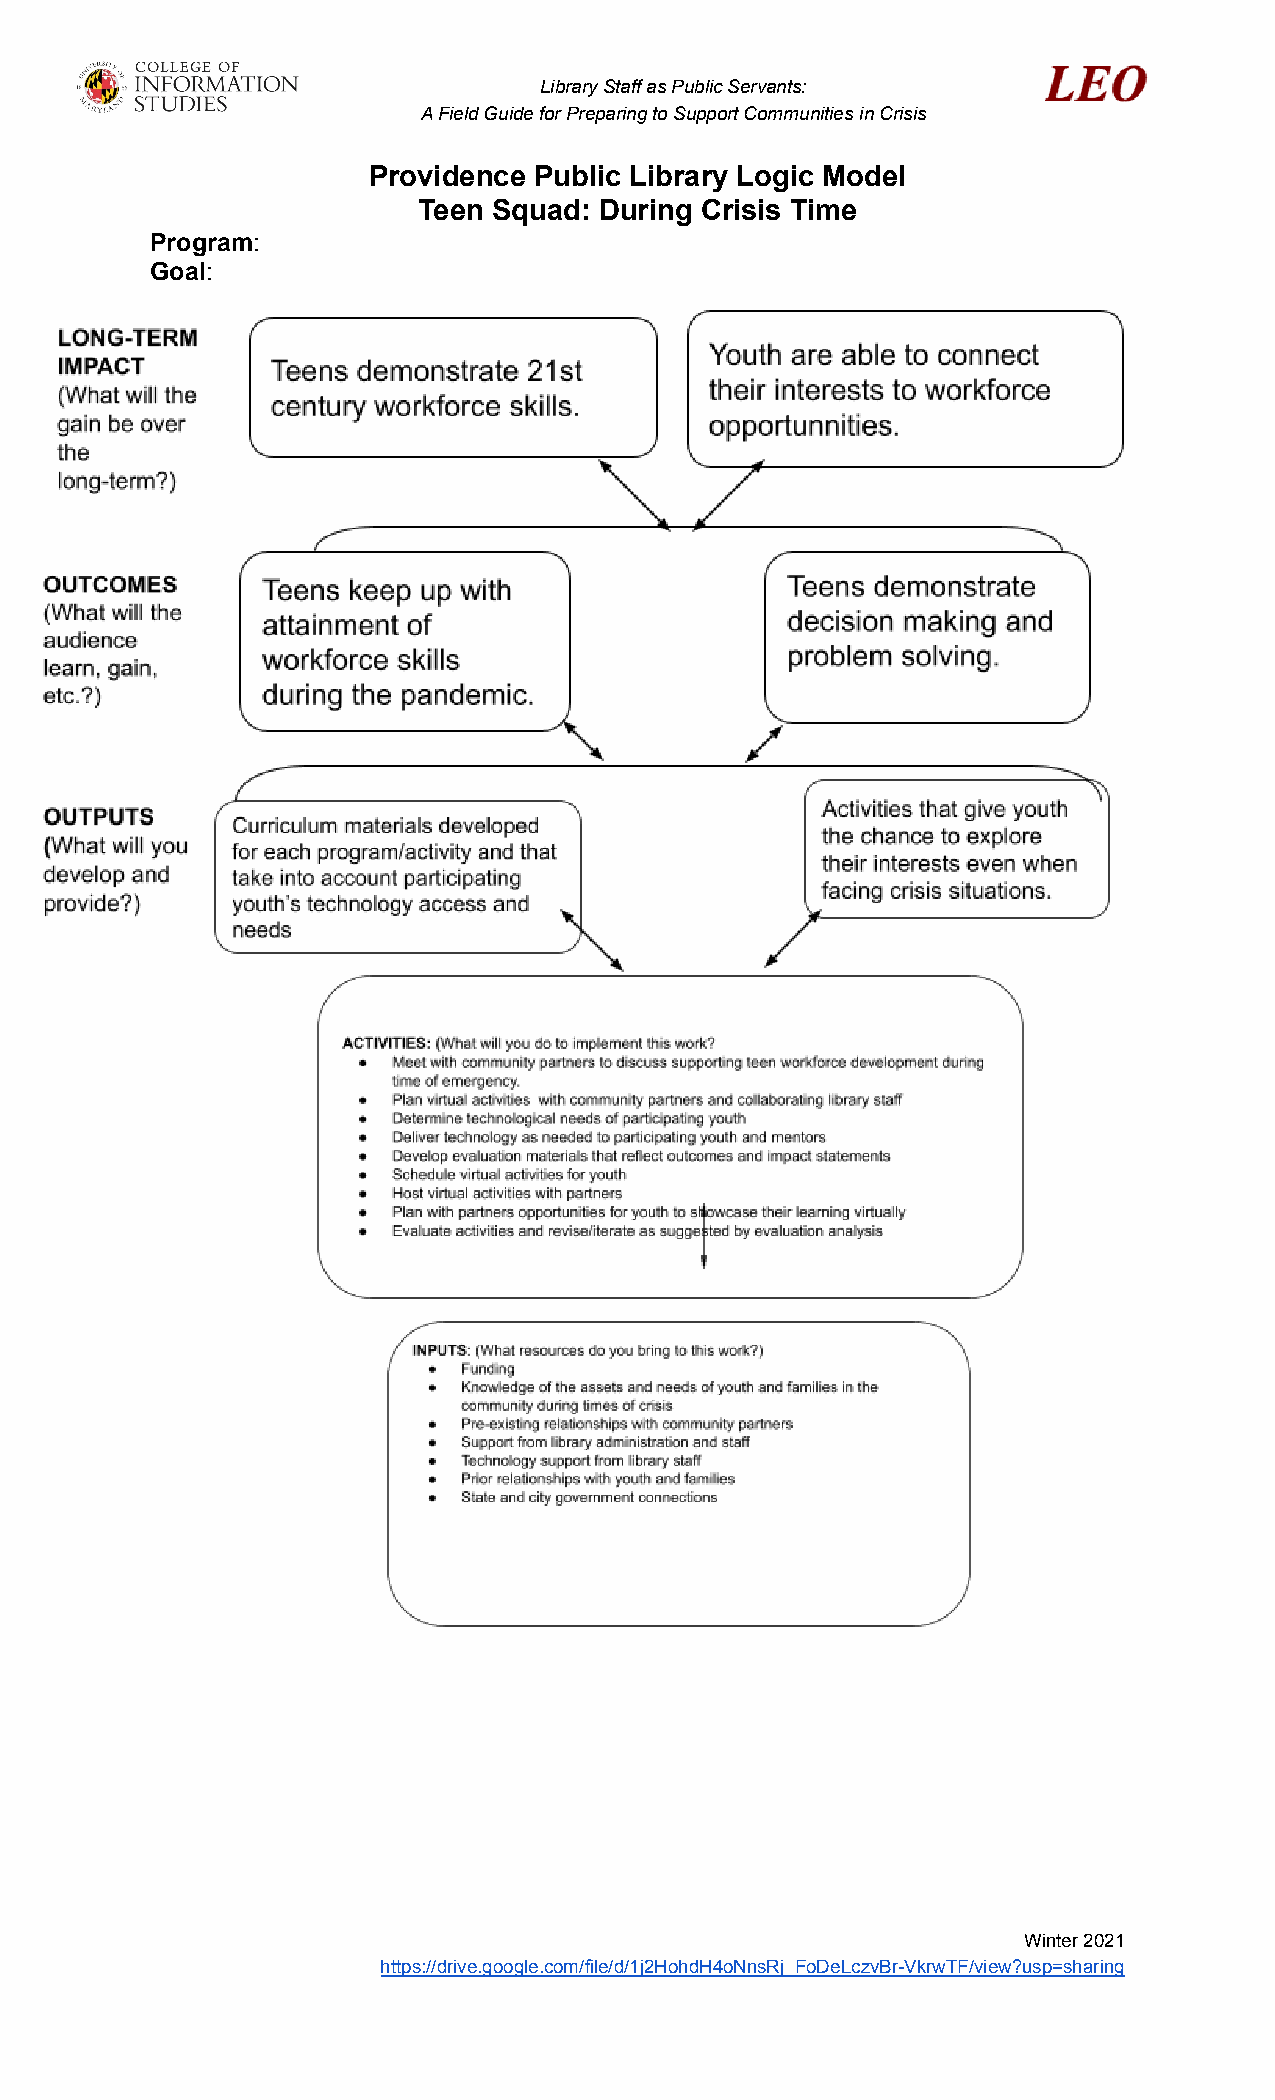
Library Staff as Public Servants:
 A Field Guide for Preparing to Support Communitiesin Crisis
 Providence Public Library Logic Model
 Teen Squad: During Crisis Time
 Program:
 Goal:
 Winter 2021
 https://drive.google.com/file/d/1j2HohdH4oNnsRj_FoDeLczvBr-VkrwTF/view?usp=sharing